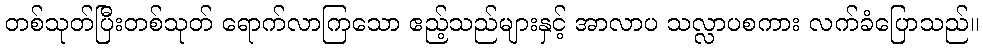
တစ်သုတ်ပြီးတစ်သုတ် ရောက်လာကြသော ဧည့်သည်များနှင့် အာလာပ သလ္လာပစကား လက်ခံပြောသည်။